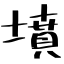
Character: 墳